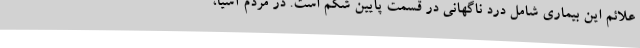
علائم این بیماری شامل درد ناگهانی در قسمت پایین شکم است. در مردم آسیا،